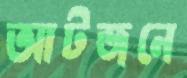
আটজনে